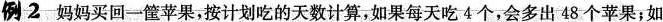
例2妈妈买回一筐苹果，按计划吃的天数计算，如果每天吃4个，会多出48个苹果；如